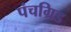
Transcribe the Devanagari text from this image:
पंचग्रिड